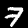
Digit: 7